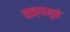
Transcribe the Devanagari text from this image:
वाक्यामुळे